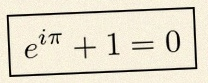
e^{i\pi}+1=0